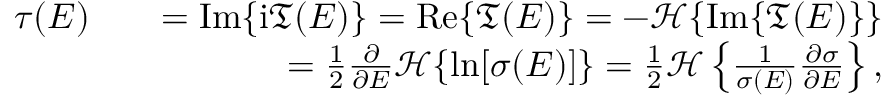
\begin{array} { r l r } { \tau ( E ) } & { } & { = \mathrm { I m } \{ \mathrm { i } \mathfrak { T } ( E ) \} = \mathrm { R e } \{ \mathfrak { T } ( E ) \} = - \mathcal { H } \{ \mathrm { I m } \{ \mathfrak { T } ( E ) \} \} } \\ & { } & { = \frac { 1 } { 2 } \frac { \partial } { \partial E } \mathcal { H } \{ \ln [ \sigma ( E ) ] \} = \frac { 1 } { 2 } \mathcal { H } \left\{ \frac { 1 } { \sigma ( E ) } \frac { \partial \sigma } { \partial E } \right\} , } \end{array}